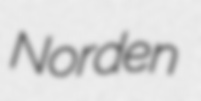
Norden